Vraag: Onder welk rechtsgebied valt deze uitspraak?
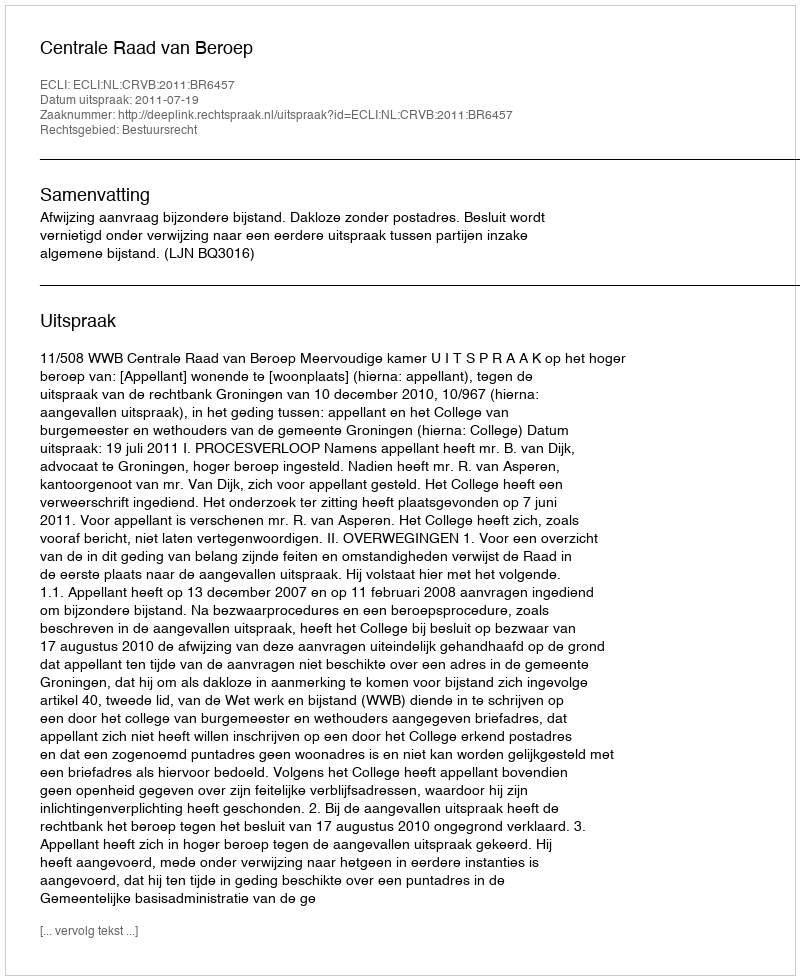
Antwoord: Bestuursrecht